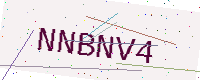
Text: NNBNV4